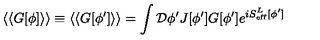
\langle \langle G [ \phi ] \rangle \rangle \equiv \langle \langle G [ \phi ^ { \prime } ] \rangle \rangle = \int { \cal D } \phi ^ { \prime } J [ \phi ^ { \prime } ] G [ \phi ^ { \prime } ] e ^ { i S _ { \mathrm { e f f } } ^ { L } [ \phi ^ { \prime } ] }